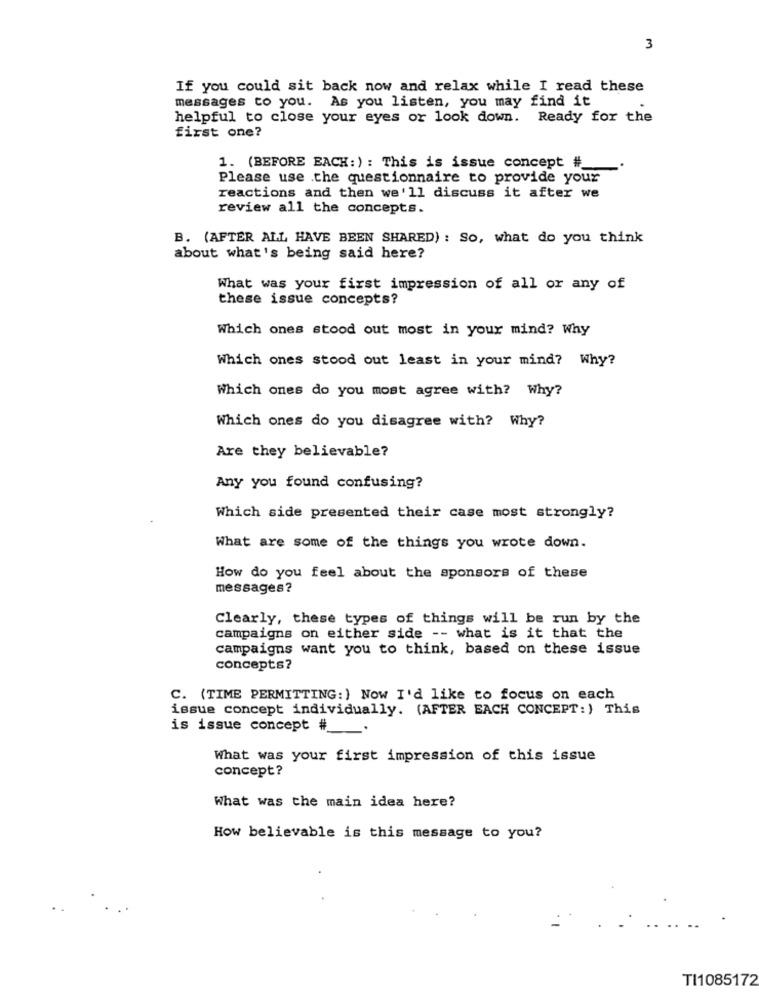
3
If you could sit back now and relax while I read these
messages to you. As you listen, you may find it
helpful to close your eyes or look down. Ready for the
first one?
1. (BEFORE EACH:) : This is issue concept #_
Please use the questionnaire to provide your
reactions and then we'll discuss it after we
review all the concepts.
B. (AFTER ALL HAVE BEEN SHARED) : SO, what do you think
about what's being said here?
What was your first impression of all or any of
these issue concepts?
Which ones stood out most in your mind? Why
Which ones stood out least in your mind? Why?
Which ones do you most agree with? Why?
Which ones do you disagree with? Why?
Are they believable?
Any you found confusing?
Which side presented their case most strongly?
What are some of the things you wrote down.
How do you feel about the sponsors of these
messages?
Clearly, these types of things will be run by the
campaigns on either side -- what is it that the
campaigns want you to think, based on these issue
concepts?
C. (TIME PERMITTING:) Now I'd like to focus on each
issue concept individually. (AFTER EACH CONCEPT: ) This
is issue concept #
What was your first impression of this issue
concept?
What was the main idea here?
How believable is this message to you?
TI1085172